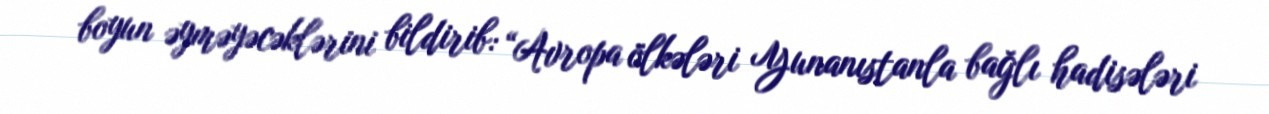
boyun əyməyəcəklərini bildirib: “Avropa ölkələri Yunanıstanla bağlı hadisələri